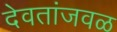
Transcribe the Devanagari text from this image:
देवतांजवळ